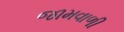
જામવાળી